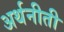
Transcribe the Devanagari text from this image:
अर्थनीती